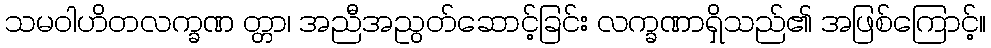
သမဝါဟိတလက္ခဏ တ္တာ၊ အညီအညွတ်ဆောင့်ခြင်း လက္ခဏာရှိသည်၏ အဖြစ်ကြောင့်။